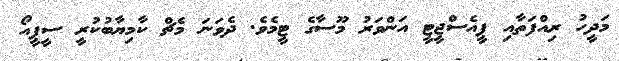
މަދީހު ރިއްފަތާއި ޕީއެސްޖީޓީ އަންވަރު މޫސާގެ ޓީމެވެ. ދެވަނަ މެޗް ކާމިޔާބުކުރީ ސީޕީއޯ